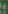
: